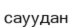
сауудан